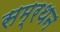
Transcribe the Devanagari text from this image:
सम्रथन